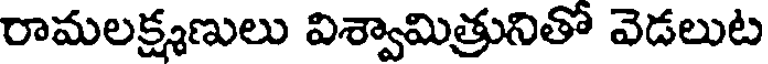
రామలక్ష్మణులు విశ్వామిత్రునితో వెడలుట